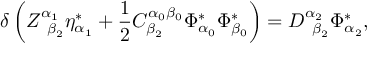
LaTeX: \delta \left( Z _ { \; \; \beta _ { 2 } } ^ { \alpha _ { 1 } } \eta _ { \alpha _ { 1 } } ^ { * } + \frac 1 2 C _ { \beta _ { 2 } } ^ { \alpha _ { 0 } \beta _ { 0 } } \Phi _ { \alpha _ { 0 } } ^ { * } \Phi _ { \beta _ { 0 } } ^ { * } \right) = D _ { \; \; \beta _ { 2 } } ^ { \alpha _ { 2 } } \Phi _ { \alpha _ { 2 } } ^ { * } ,